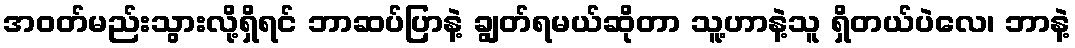
အဝတ်မည်းသွားလို့ရှိရင် ဘာဆပ်ပြာနဲ့ ချွတ်ရမယ်ဆိုတာ သူ့ဟာနဲ့သူ ရှိတယ်ပဲလေ၊ ဘာနဲ့